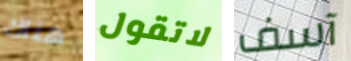
هناك لاتقول آسف